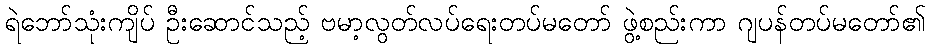
ရဲဘော်သုံးကျိပ် ဦးဆောင်သည့် ဗမာ့လွတ်လပ်ရေးတပ်မတော် ဖွဲ့စည်းကာ ဂျပန်တပ်မတော်၏